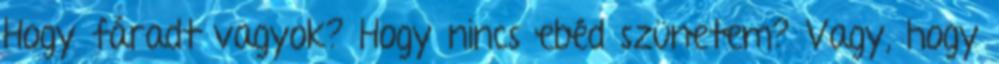
Hogy fáradt vagyok? Hogy nincs ebéd szünetem? Vagy, hogy